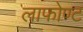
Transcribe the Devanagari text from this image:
लाफोण्ट